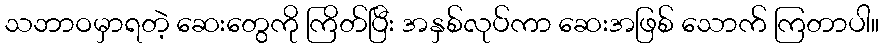
သဘာဝမှာရတဲ့ ဆေးတွေကို ကြိတ်ပြီး အနှစ်လုပ်ကာ ဆေးအဖြစ် သောက် ကြတာပါ။